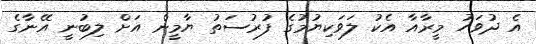
އެ ދުވަހު މީރާއާ އެކު ލަވަކިޔުމުގެ ފުރުސަތު ޔާމީން އަށް ލިބުނީ އޭނާގެ